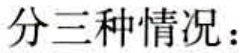
分三种情况：